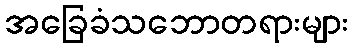
အခြေခံသဘောတရားများ